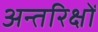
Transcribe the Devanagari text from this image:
अन्तरिक्षों